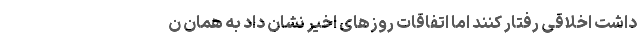
داشت اخلاقی رفتار کنند اما اتفاقات روزهای اخیر نشان داد به همان ن